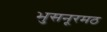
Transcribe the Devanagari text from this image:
भुसनूरमठ